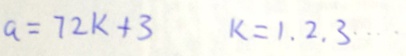
a = 7 2 k + 3 k = 1 . 2 . 3 \cdots